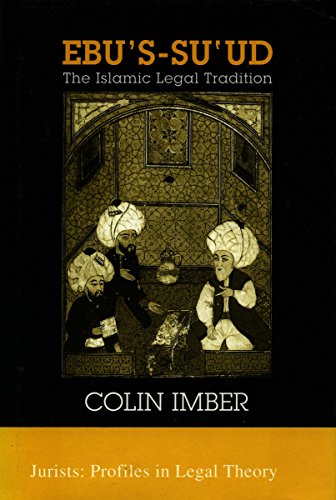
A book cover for EbuEEs-su`ud: The Islamic Legal Tradition (Jurists: Profiles in Legal Theory); Colin Imber; Religion & Spirituality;